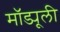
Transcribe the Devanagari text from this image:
मॉड्यूली